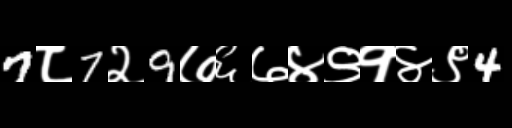
Text: 7८7२9७६७४९१४९4